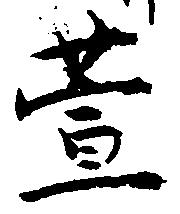
萱